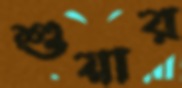
শুয়ার